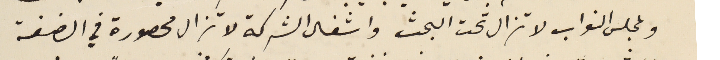
ولمجلس النواب لا تزال تحت البحث واشغال الشركة لا تزال محصورة في الضفة